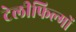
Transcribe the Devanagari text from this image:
टेलीफिल्मों